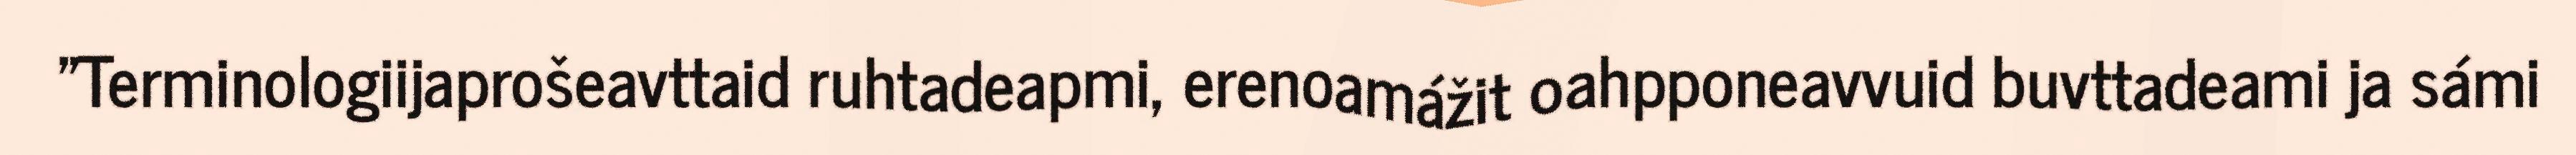
"Terminologiijaprošeavttaid ruhtadeapmi, erenoamážit oahpponeavvuid buvttadeami ja sámi